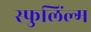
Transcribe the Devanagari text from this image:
स्फुलिंल्ग